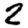
Digit: 2